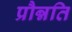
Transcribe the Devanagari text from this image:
प्रौन्नति